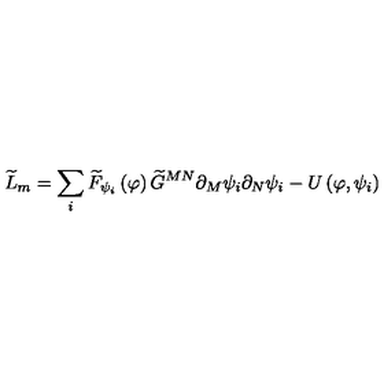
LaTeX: \widetilde { L } _ { m } = \sum _ { i } \widetilde { F } _ { \psi _ { i } } \left( \varphi \right) \widetilde { G } ^ { M N } \partial _ { M } \psi _ { i } \partial _ { N } \psi _ { i } - U \left( \varphi , \psi _ { i } \right)